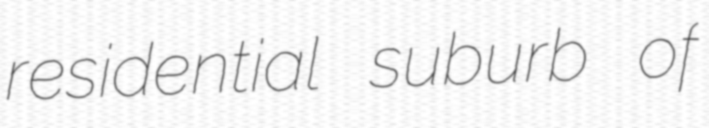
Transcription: residential suburb of